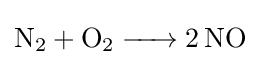
{\ce {N2 + O2 -> 2NO}}